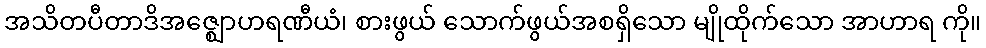
အသိတပီတာဒိအဇ္ဈောဟရဏီယံ၊ စားဖွယ် သောက်ဖွယ်အစရှိသော မျိုထိုက်သော အာဟာရ ကို။